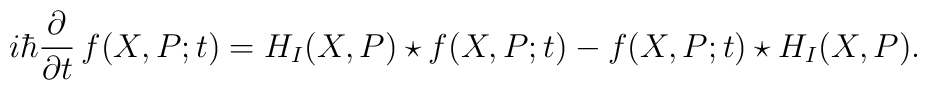
i\hbar \frac{\partial }{\partial t}\,f(X,P;t)= H_I(X, P) \star f (X, P;t)- f(X, P;t)\star H_I (X, P).